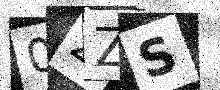
Text: 0ZZS